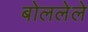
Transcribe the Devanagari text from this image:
बोललेले